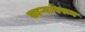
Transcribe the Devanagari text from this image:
साऱ्यांवरून